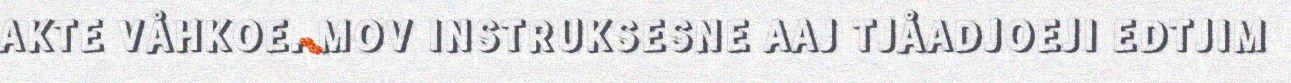
AKTE VÅHKOE. MOV INSTRUKSESNE AAJ TJÅADJOEJI EDTJIM